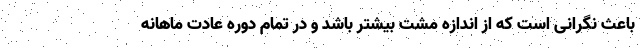
باعث نگرانی است که از اندازه مشت بیشتر باشد و در تمام دوره عادت ماهانه